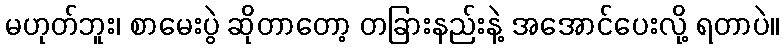
မဟုတ်ဘူး၊ စာမေးပွဲ ဆိုတာတော့ တခြားနည်းနဲ့ အအောင်ပေးလို့ ရတာပဲ။